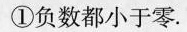
①负数都小于零.